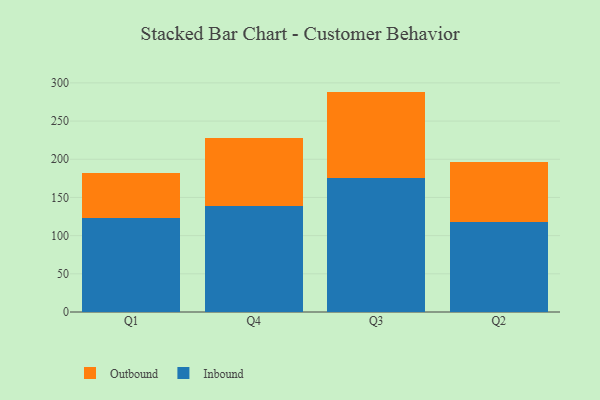
{"axis": {"x": "Quarter", "y": "Net Income (USD K)"}, "legend": ["Inbound", "Outbound"], "data": [{"x": "Q1", "y": 122.8, "type": "Inbound"}, {"x": "Q1", "y": 58.6, "type": "Outbound"}, {"x": "Q4", "y": 138.9, "type": "Inbound"}, {"x": "Q4", "y": 89.6, "type": "Outbound"}, {"x": "Q3", "y": 176.1, "type": "Inbound"}, {"x": "Q3", "y": 112.5, "type": "Outbound"}, {"x": "Q2", "y": 118.0, "type": "Inbound"}, {"x": "Q2", "y": 78.9, "type": "Outbound"}]}